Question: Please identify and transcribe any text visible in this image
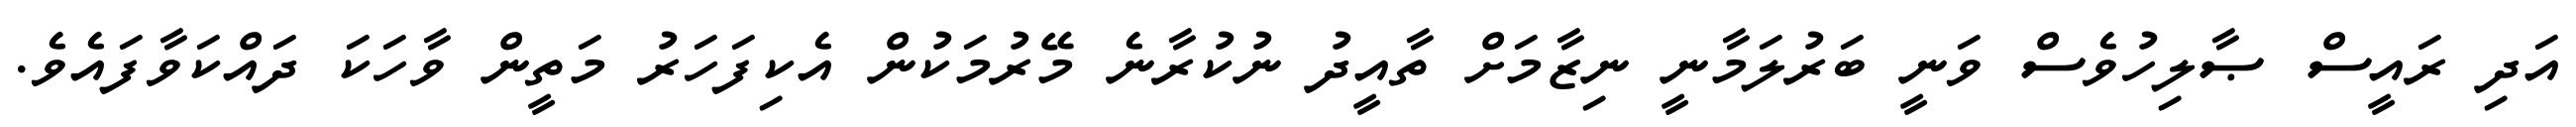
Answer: އަދި ރައީސް ޞާލިހުވެސް ވަނީ ބަރުލަމާނީ ނިޒާމަށް ތާއީދު ނުކުރާނެ މޭރުމަކުން އެކިފަހަރު މަތީން ވާހަކަ ދައްކަވާފައެވެ.